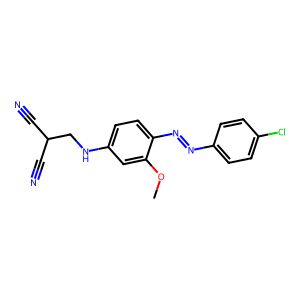
SMILES: COc1cc(NCC(C#N)C#N)ccc1N=Nc1ccc(Cl)cc1
Inhibits HIV replication: No